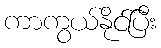
ကာကွယ်နိုင်ပြီး